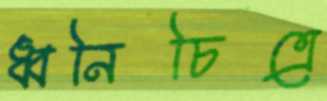
ধ্বনিচিত্রে